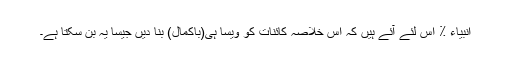
انبیاء ٪ اس لئے آئے ہیں کہ اس خلاصہ کائنات کو ویسا ہی(باکمال) بنا دیں جیسا یہ بن سکتا ہے۔